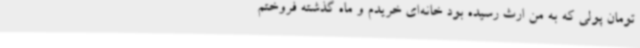
تومان پولی که به من ارث رسیده بود خانه‌ای خریدم و ماه گذشته فروختم